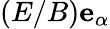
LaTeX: \left(E/B\right)\mathbf{e}_{\alpha}